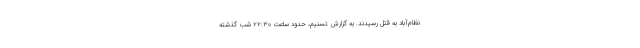
نظام‌آباد به قتل رسیدند. به گزارش تسنیم، حدود ساعت ۲۲:۳۰ شب گذشته